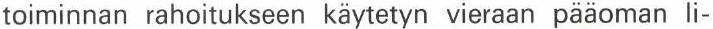
toiminnan rahoitukseen käytetyn vieraan pääoman li-